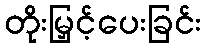
တိုးမြှင့်ပေးခြင်း